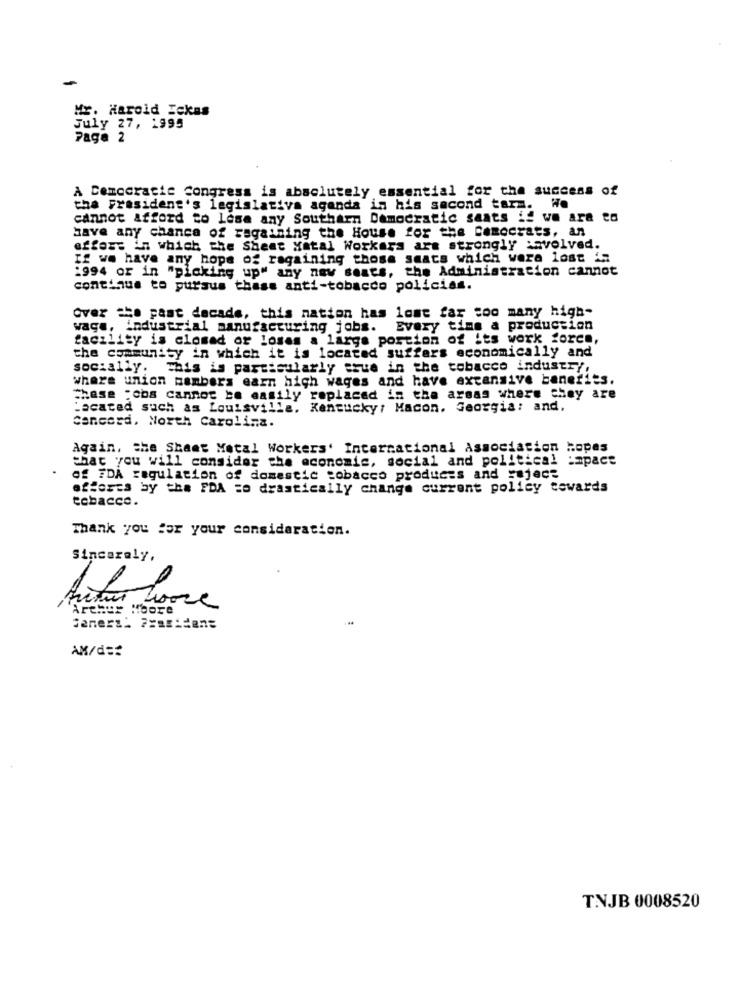
Mr. Harold Ickas
July 27, 1995
Paga 2
A Democratie Congress is absolutely essential for the success of
the president's legislativa agenda in his second tarm. We
cannot afford to lese any Southarn Democratic sants if we ara to
have any chance of ragaining the House for the Democrats, an
effort in which the Sheet Hatal Workers are strongly :avolved.
If we have any hope of ragaining those seats which were lost in
1994 or in "picking up" any new seats, the Administration cannot
continue to pursus these anti-tobacco policias.
Over the past decade, this nation has lost far too many high-
waga, industrial manufacturing jobs.
Every time a production
facility is closed or losas a large portion of its work force,
the community in which it is located suffers economically and
socially. This is particularly true in the tobacco industry,
where union bambers earn high wages and have extensive benefits.
These : obs cannot be easily replaced in the areas where they are
Located such as Louisville, Kentucky: Macon. Georgia: and.
Cancerd. North Carolina.
Again, the Sheet Metal Workers' International Association hopes
that you will consider the economic, social and political :apace
Of FDA regulation of domestic tobacco products and reject
efforts by the FDA =o drastically change current policy towards
cebacce.
Thank you for your consideration.
Sincerely,
Arthur Moore
Ax/d ==
TNJB 0008520